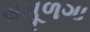
સમૂળગા